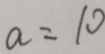
a = 1 0